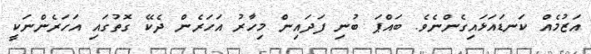
އަޒުމެއް ކަނޑައަޅައިގެންނެވެ. ބައްޕަ ބުނި ފަދައިން މިހާރު އަހަރެން ދެކޭ ގޮތުގައި އަހަރެންނަކީ